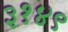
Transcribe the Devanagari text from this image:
३१४९